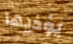
يؤذيها